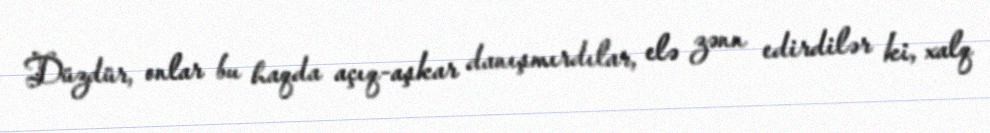
Düzdür, onlar bu haqda açıq-aşkar danışmırdılar, elə zənn edirdilər ki, xalq